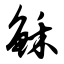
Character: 稣